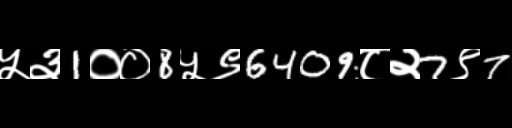
Text: ५३1००8५९6409८२7९7